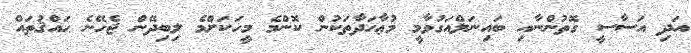
އަދި އަސާސީ ގޮތުންނާއި ބައިނަލްއަގުވާމީ މުޢާހަދާތަކުން ކޮންމެ މީހަކަށްމެ ލިބިދޭން ޖެހޭނެ ޙައްޤުތައް